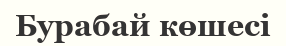
Бурабай көшесі